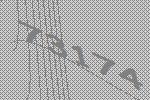
73174